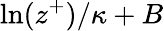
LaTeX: \ln(z^{+})/\kappa+B